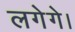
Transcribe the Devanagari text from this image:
लगेगे।